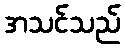
အသင်သည်